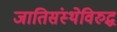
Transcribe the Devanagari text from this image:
जातिसंस्थेविरुद्ध